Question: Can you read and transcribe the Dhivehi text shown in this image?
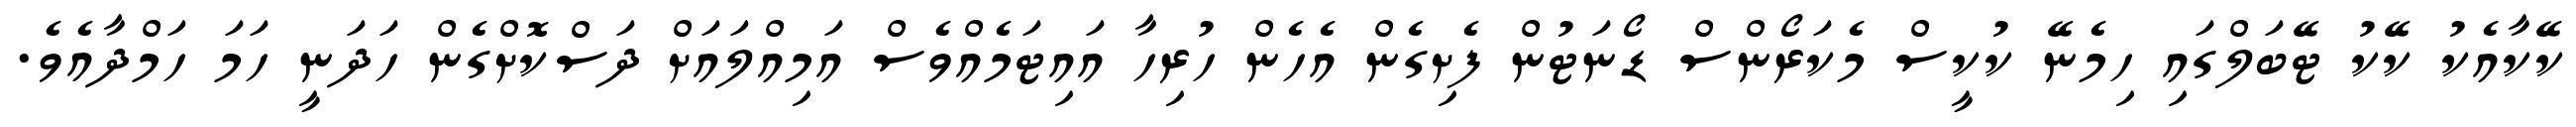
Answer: ކޭކާއެކު ކޭކު ޓޭބަލްގައި ހިމެނޭ ކުކީސް މެކަރޯންސް ޑޯނަޓުން ފެށިގެން އެހެން ހުރިހާ އައިޓަމެއްވެސް އަމިއްލައަށް ދަސްކޮށްގެން ހަދަނީ ހަމަ ހަމްދާއެވެ.